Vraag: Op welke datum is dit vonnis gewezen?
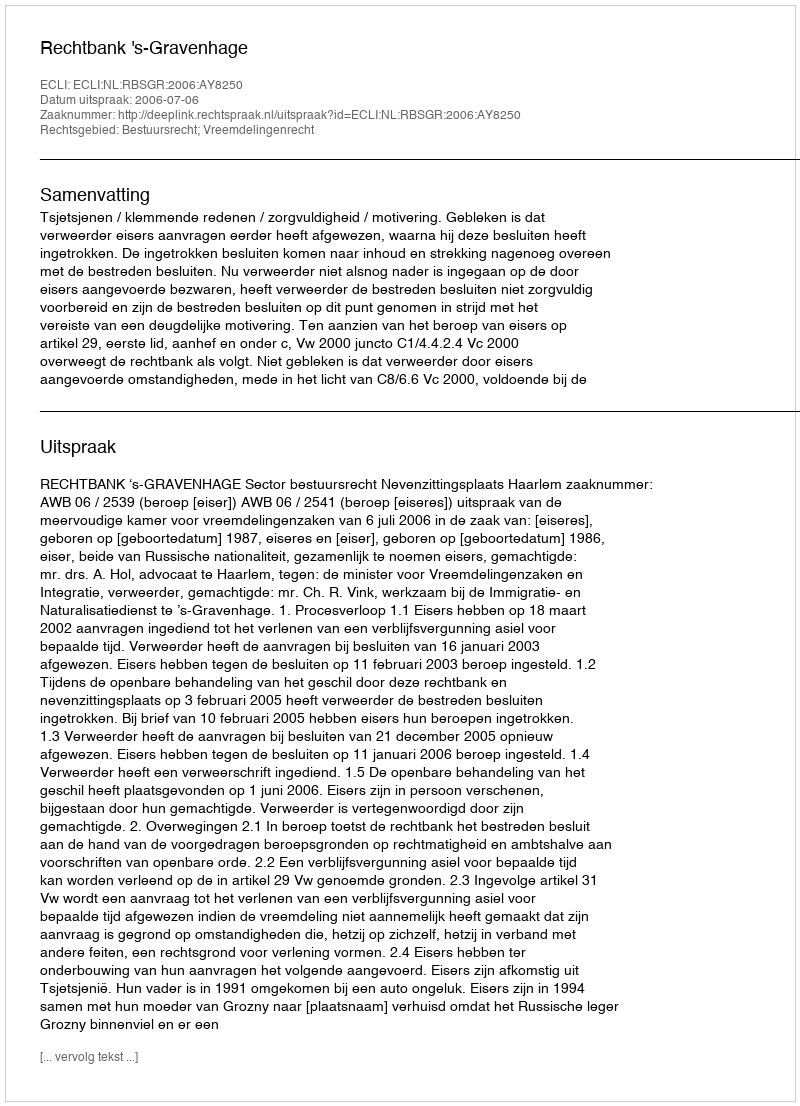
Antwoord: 2006-07-06